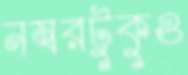
নম্বরটুকুও